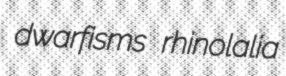
dwarfisms rhinolalia